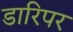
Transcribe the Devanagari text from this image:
डारिपर